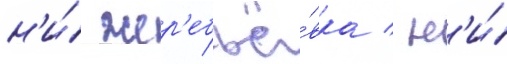
н'и́ жер'ебьё́вка / н'и́